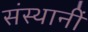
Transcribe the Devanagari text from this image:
संस्थानीं